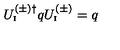
U _ { \mathrm { \scriptscriptstyle I } } ^ { ( \pm ) \dagger } q U _ { \mathrm { \scriptscriptstyle I } } ^ { ( \pm ) } = q